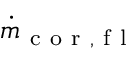
\dot { m } _ { \mathrm { ~ c ~ o ~ r ~ , ~ f ~ l ~ } }